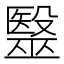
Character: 毉